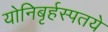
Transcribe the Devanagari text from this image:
योनिबृर्हस्पतये